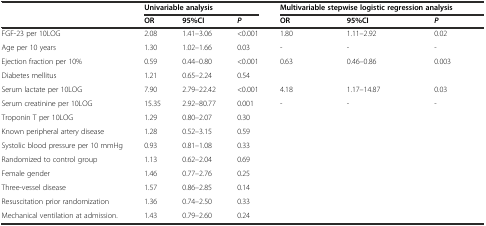
<table><thead><tr><td rowspan="2"></td><td colspan="3"><b>Univariable analysis</b></td><td colspan="3"><b>Multivariable stepwise logistic regression analysis</b></td></tr><tr><td><b>OR</b></td><td><b>95%CI</b></td><td><b><i>P</i></b></td><td><b>OR</b></td><td><b>95%CI</b></td><td><b><i>P</i></b></td></tr></thead><tbody><tr><td>FGF-23 per 10LOG</td><td>2.08</td><td>1.41–3.06</td><td>&lt;0.001</td><td>1.80</td><td>1.11–2.92</td><td>0.02</td></tr><tr><td>Age per 10 years</td><td>1.30</td><td>1.02–1.66</td><td>0.03</td><td>-</td><td>-</td><td>-</td></tr><tr><td>Ejection fraction per 10%</td><td>0.59</td><td>0.44–0.80</td><td>&lt;0.001</td><td>0.63</td><td>0.46–0.86</td><td>0.003</td></tr><tr><td>Diabetes mellitus</td><td>1.21</td><td>0.65–2.24</td><td>0.54</td><td></td><td></td><td></td></tr><tr><td>Serum lactate per 10LOG</td><td>7.90</td><td>2.79–22.42</td><td>&lt;0.001</td><td>4.18</td><td>1.17–14.87</td><td>0.03</td></tr><tr><td>Serum creatinine per 10LOG</td><td>15.35</td><td>2.92–80.77</td><td>0.001</td><td>-</td><td>-</td><td>-</td></tr><tr><td>Troponin T per 10LOG</td><td>1.29</td><td>0.80–2.07</td><td>0.30</td><td></td><td></td><td></td></tr><tr><td>Known peripheral artery disease</td><td>1.28</td><td>0.52–3.15</td><td>0.59</td><td></td><td></td><td></td></tr><tr><td>Systolic blood pressure per 10 mmHg</td><td>0.93</td><td>0.81–1.08</td><td>0.33</td><td></td><td></td><td></td></tr><tr><td>Randomized to control group</td><td>1.13</td><td>0.62–2.04</td><td>0.69</td><td></td><td></td><td></td></tr><tr><td>Female gender</td><td>1.46</td><td>0.77–2.76</td><td>0.25</td><td></td><td></td><td></td></tr><tr><td>Three-vessel disease</td><td>1.57</td><td>0.86–2.85</td><td>0.14</td><td></td><td></td><td></td></tr><tr><td>Resuscitation prior randomization</td><td>1.36</td><td>0.74–2.50</td><td>0.33</td><td></td><td></td><td></td></tr><tr><td>Mechanical ventilation at admission.</td><td>1.43</td><td>0.79–2.60</td><td>0.24</td><td></td><td></td><td></td></tr></tbody></table>